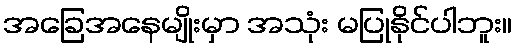
အခြေအနေမျိုးမှာ အသုံး မပြုနိုင်ပါဘူး။